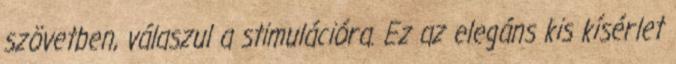
szövetben, válaszul a stimulációra. Ez az elegáns kis kísérlet